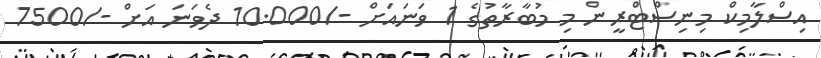
އިސްލާމިކް މިނިސްޓްރީން މި މުބާރާތުގެ 1 ވަނައަށް -/10.000 ދެވަނަ އަށް -/7500